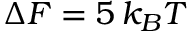
\Delta { \cal F } = 5 \, k _ { B } T